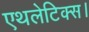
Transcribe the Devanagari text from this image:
एथलेटिक्स।